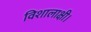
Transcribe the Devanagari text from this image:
विशालाक्षी।